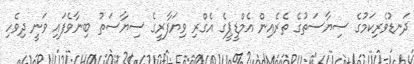
ދަނޑުވެރިކަމުގެ ސިޔާސަތުގެ ތެރެއިން އެމްޑީޕީގެ އެގްރި ވިޔަފާރީގެ ސިޔާސަތު ބިނާވެފައި ވަނީ ދިވެހި